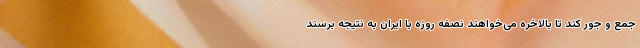
جمع و جور کند تا بالاخره می‌خواهند نصفه روزه با ایران به نتیجه برسند